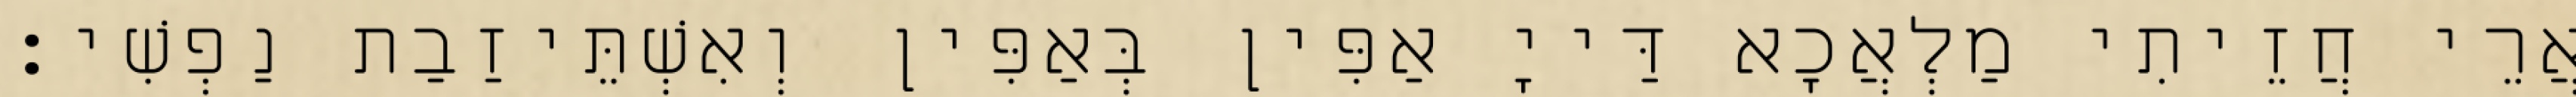
אֲרֵי חֲזֵיתִי מַלְאֲכָא דַּייָ אַפִּין בְּאַפִּין וְאִשְׁתֵּיזַבַת נַפְשִׁי׃